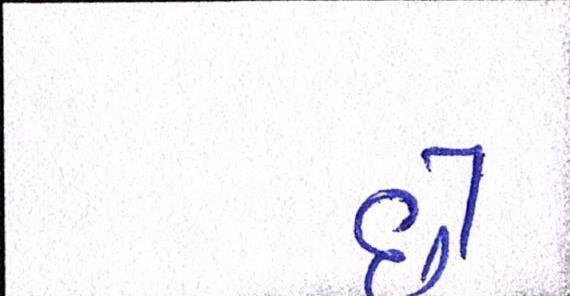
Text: છેઃ